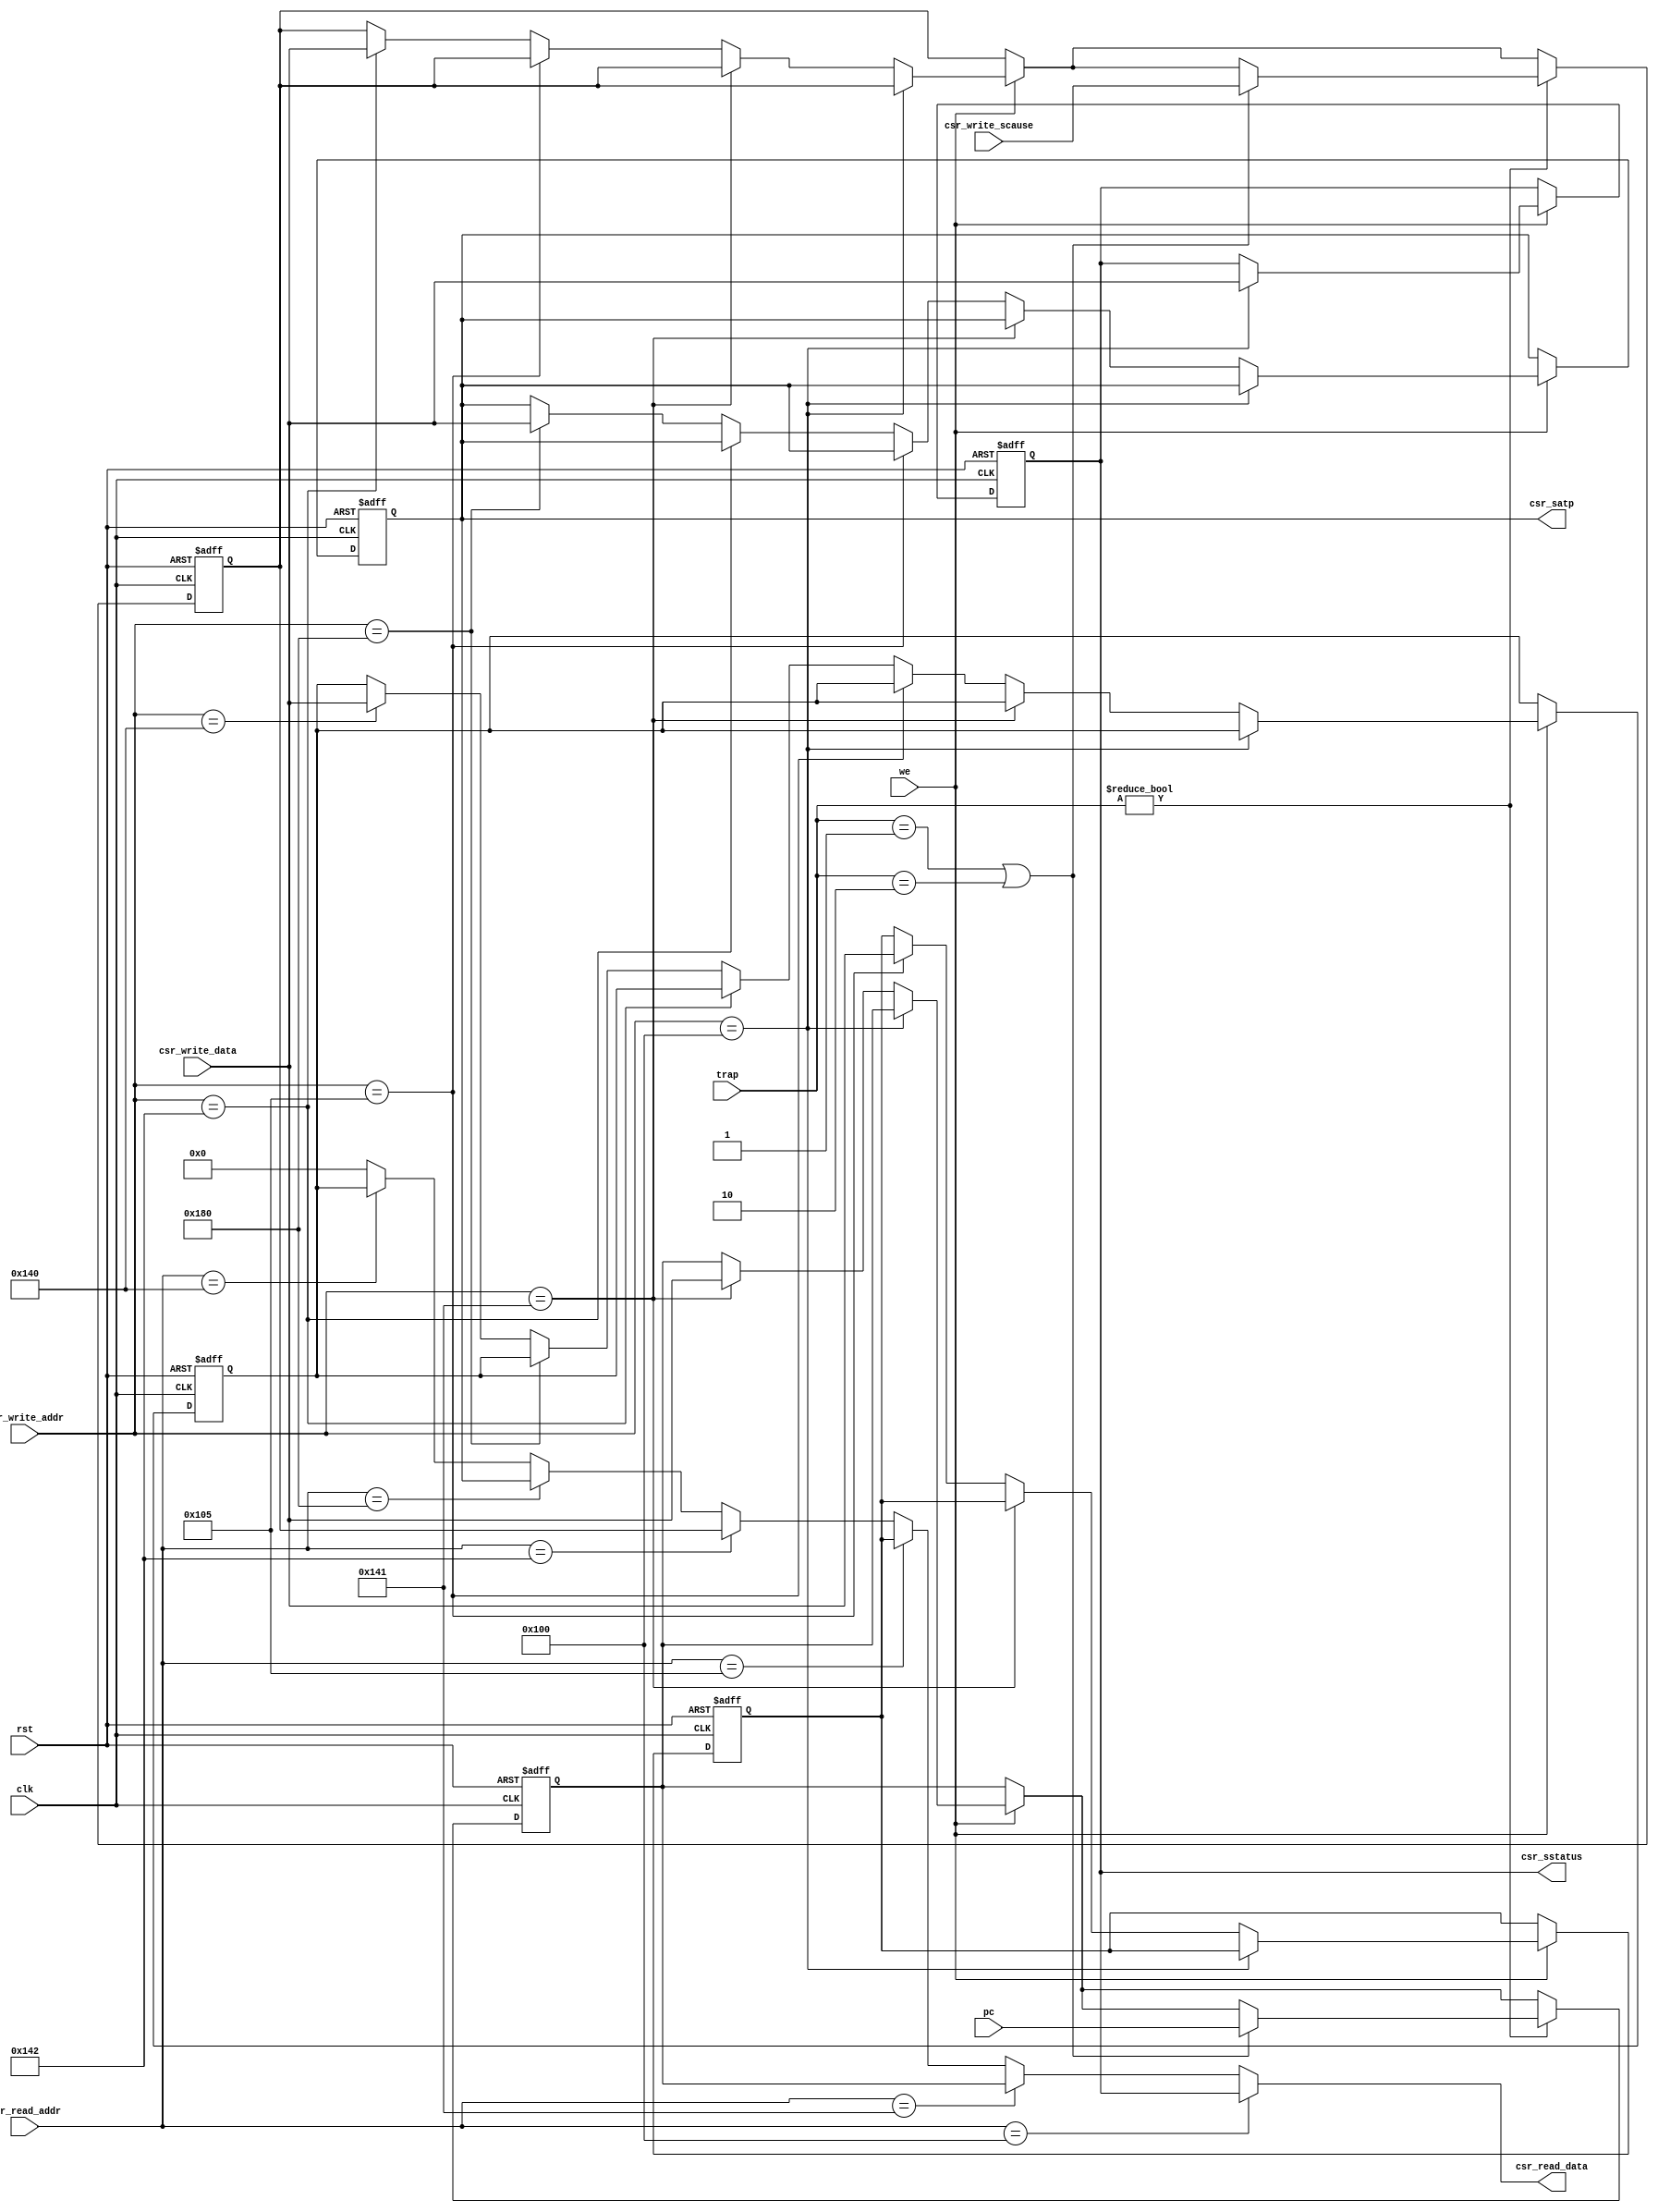
`timescale 1ns / 1ps

module CSRs (
    input           clk,
    input           rst,
    input           we,
    input   [1:0]   trap, // 00 no trap, 01 ecall, 10 unimp, 11 mret
    input   [63:0]  pc,
    input   [11:0]  csr_read_addr,
    input   [11:0]  csr_write_addr,
    input   [63:0]  csr_write_data,
    input   [63:0]  csr_write_scause,
    output  [63:0]  csr_read_data,
    output  [63:0]  csr_satp,
    output  [63:0]  csr_sstatus
);
    reg [63:0] sstatus, sepc, stvec, scause, satp, sscratch;
    
    assign csr_read_data = (csr_read_addr == 12'h100) ? sstatus :
                           (csr_read_addr == 12'h141) ? sepc :
                           (csr_read_addr == 12'h105) ? stvec :
                           (csr_read_addr == 12'h142) ? scause : 
                           (csr_read_addr == 12'h180) ? satp : 
                           (csr_read_addr == 12'h140) ? sscratch : 0;
    assign csr_satp = satp;
    assign csr_sstatus = sstatus;
    
    always @(negedge clk or posedge rst) begin
        if (rst == 1) begin
            sstatus <= 0;
            sepc <= 0;
            stvec <= 64'h80200000;
            scause <= 0;
            satp <= 0;
            sscratch <= 0;
        end else begin
            if (we == 1) begin
                if      (csr_write_addr == 12'h100) sstatus <= csr_write_data;
                else if (csr_write_addr == 12'h141) sepc <= csr_write_data;
                else if (csr_write_addr == 12'h105) stvec <= csr_write_data;
                else if (csr_write_addr == 12'h142) scause <= csr_write_data;
                else if (csr_write_addr == 12'h180) satp <= csr_write_data;
                else if (csr_write_addr == 12'h140) sscratch <= csr_write_data;
            end
            if (trap != 0) begin
                if (trap == 2'b01 || trap == 2'b10) begin
                    sepc <= pc;
                    scause <= csr_write_scause;
                end
            end
        end
    end
endmodule